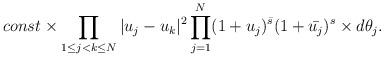
LaTeX: \begin{align*}const \times \prod_{1\le j< k \le N}^{}|u_j-u_k|^2\prod_{j=1}^{N}(1+u_j)^{\bar{s}}(1+\bar{u_j})^s \times d\theta_j.\end{align*}